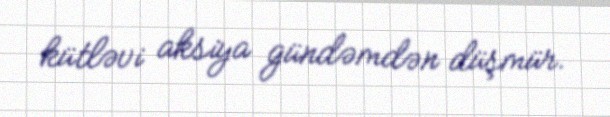
kütləvi aksiya gündəmdən düşmür.